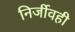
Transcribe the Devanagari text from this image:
निर्जीवही